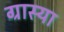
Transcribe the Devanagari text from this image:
ग्रास्या